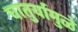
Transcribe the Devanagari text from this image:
चातुर्यामुळे